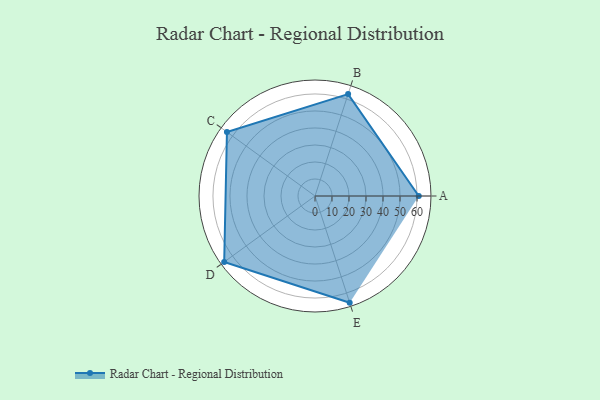
{"axis": {"x": "Skill", "y": "Score"}, "legend": ["Profile"], "data": [{"x": "A", "y": 61.0, "type": "Profile"}, {"x": "B", "y": 63.0, "type": "Profile"}, {"x": "C", "y": 64.0, "type": "Profile"}, {"x": "D", "y": 66.0, "type": "Profile"}, {"x": "E", "y": 66.0, "type": "Profile"}]}